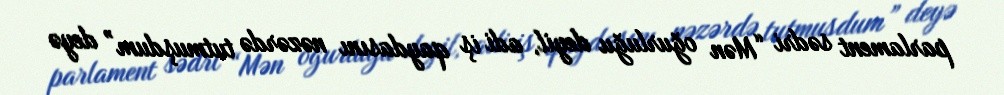
parlament sədri “Mən oğurluğu deyil, adi iş qaydasını nəzərdə tutmuşdum” deyə